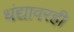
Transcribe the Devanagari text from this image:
धंद्यावरही